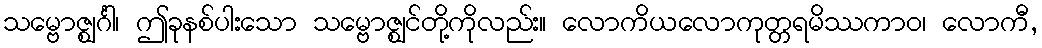
သမ္ဗောဇ္ဈင်္ဂါ၊ ဤခုနစ်ပါးသော သမ္ဗောဇ္ဈင်တို့ကိုလည်း။ လောကိယလောကုတ္တရမိဿကာဝ၊ လောကီ,